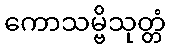
ကောသမ္ဗိသုတ္တံ